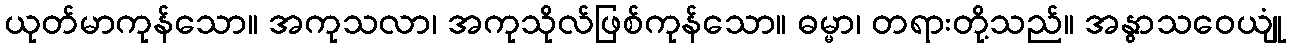
ယုတ်မာကုန်သော။ အကုသလာ၊ အကုသိုလ်ဖြစ်ကုန်သော။ ဓမ္မာ၊ တရားတို့သည်။ အနွာသဝေယျုံ